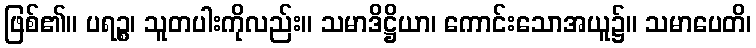
ဖြစ်၏။ ပရဉ္စ၊ သူတပါးကိုလည်း။ သမာဒိဋ္ဌိယာ၊ ကောင်းသောအယူ၌။ သမာပေတိ၊